Indian journal of veterinary science and animal husbandry - Volume 10,
Year: 1940
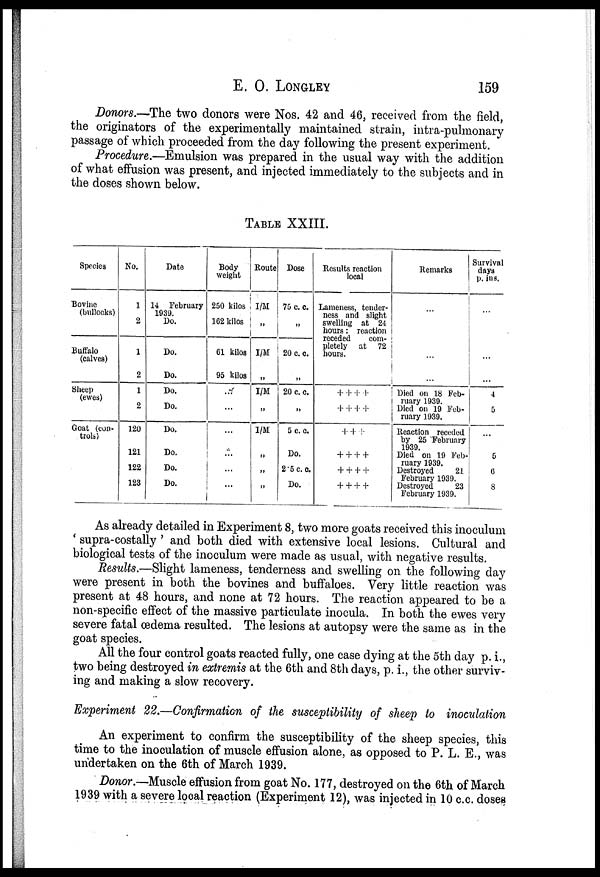
E. O. LONGLEY 159
Donors.—The two donors were Nos. 42 and 46, received from the field,
the originators of the experimentally maintained strain, intra-pulmonary
passage of which proceeded from the day following the present experiment.
Procedure.—Emulsion was prepared in the usual way with the addition
of what effusion was present, and injected immediately to the subjects and in
the doses shown below.
TABLE XXIII.
Species
Bovine
(bullocks)
Buffalo
(calves)
Sheep
(ewes)
Goat (con-
trols)
No.
1
2
1
2
1
2
120
121
122
123
Date
14 February
1939. Do.
Do.
Do.
Do.
Do.
Do.
Do.
Do.
Do.
Body
weight
250 kilos
162 kilos
61 kilos
95 kilos
...
...
...
...
...
...
Route
I/M
„
I/M
„
I/M
„
I/M
„
„
„
Dose
75 c. c.
„
20 c. c.
„
20 c. c.
„
5 c. c.
Do.
2.5 c.c
Do.
Results reaction
local
Lameness, tender-
ness and slight
swelling at 24
hours : reaction
pletely at 72
hours.
+ + + +
+ + + +
+ + +
+ + + +
+ + + +
+ + + +
Remarks
...
...
...
Died on 18 Feb-
ruary 1939.
Died on 19 Feb-
ruary 1939.
Reaction receded
by 25 February
1939.
Died on 19 Feb-
ruary 1939.
Destroyed
21
February 1939.
Destroyed
23
February 1939.
Survival
days
p. ins.
...
...
...
4
5
...
5
6
8
As already detailed in Experiment 8, two more goats received this inoculum
' supra-costally ' and both died with extensive local lesions. Cultural and
biological tests of the inoculum were made as usual, with negative results.
Results.—Slight lameness, tenderness and swelling on the following day
were present in both the bovines and buffaloes. Very little reaction was
present at 48 hours, and none at 72 hours. The reaction appeared to be a
non-specific effect of the massive particulate inocula. In both the ewes very
severe fatal œdema resulted. The lesions at autopsy were the same as in the
goat species.
All the four control goats reacted fully, one case dying at the 5th day p. i.,
two being destroyed in extremis at the 6th and 8th days, p. i., the other surviv-
ing and making a slow recovery.
Experiment 22.—Confirmation of the susceptibility of sheep to inoculation
An experiment to confirm the susceptibility of the sheep species, this
time to the inoculation of muscle effusion alone, as opposed to P. L. E., was
undertaken on the 6th of March 1939.
Donor.—Muscle effusion from goat No. 177, destroyed on the 6th of March
1939 with a severe local reaction (Experiment 12), was injected in 10 c.c. doses